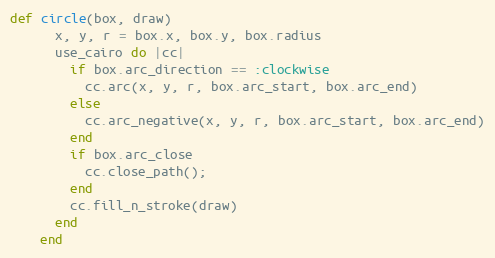
Language: Ruby
def circle(box, draw)
      x, y, r = box.x, box.y, box.radius
      use_cairo do |cc|
        if box.arc_direction == :clockwise
          cc.arc(x, y, r, box.arc_start, box.arc_end)
        else
          cc.arc_negative(x, y, r, box.arc_start, box.arc_end)
        end
        if box.arc_close
          cc.close_path();
        end
        cc.fill_n_stroke(draw)
      end
    end